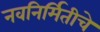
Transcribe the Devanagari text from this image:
नवनिर्मितीचे